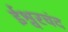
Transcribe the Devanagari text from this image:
ईश्वरचंद